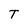
Character: T